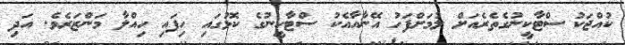
ކުއްޖަކު ސްޓާކީނުގެތެރެއަށް ލުމަށްފަހު އޭނާއާއެކު ސްޓާކީނުގެ ކޮޅުގައި ހިފައި ހިއްލާ މަންޒަރެވެ. އަދި